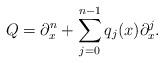
LaTeX: \begin{align*} Q=\partial^n_x+\sum\limits_{j=0}^{n-1}q_{j}(x)\partial^j_x.\end{align*}